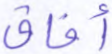
أفاق